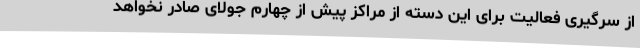
از سرگیری فعالیت برای این دسته از مراکز پیش از چهارم جولای صادر نخواهد